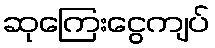
ဆုကြေးငွေကျပ်